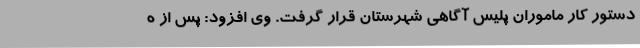
دستور کار ماموران پلیس آگاهی شهرستان قرار گرفت. وی افزود: پس از ه